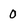
Character: 0